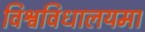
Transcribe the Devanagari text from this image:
विश्वविधालयमा